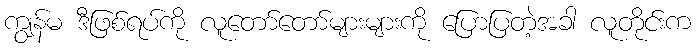
ကျွန်မ ဒီဖြစ်ရပ်ကို လူတော်တော်များများကို ပြောပြတဲ့အခါ လူတိုင်းက